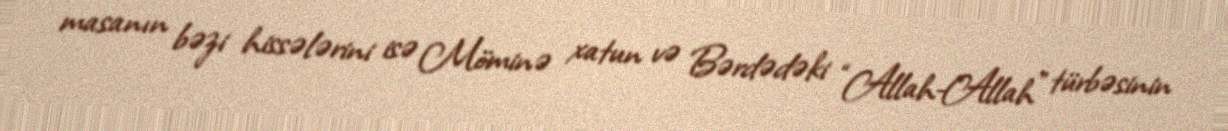
masanın bəzi hissələrini isə Möminə xatun və Bərdədəki “Allah-Allah” türbəsinin